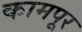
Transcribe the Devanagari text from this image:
कामपूर